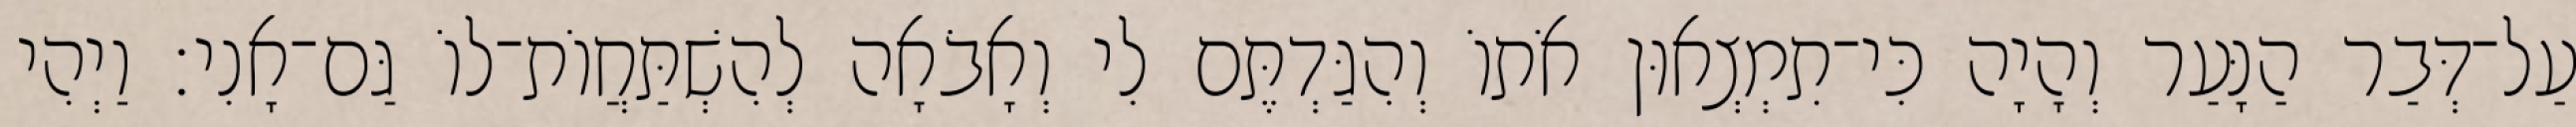
עַל־דְּבַר הַנָּעַר וְהָיָה כִּי־תִמְצְאוּן אֹתוֹ וְהִגַּדְתֶּם לִי וְאָבֹאָה לְהִשְׁתַּחֲוֹת־לוֹ גַּם־אָנִי׃ וַיְהִי